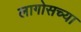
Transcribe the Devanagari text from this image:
लागोसच्या